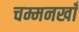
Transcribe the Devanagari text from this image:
चम्मनखाँ